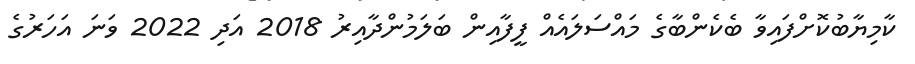
ކާމިޔާބުކޮށްފައިވާ ބެކެންބާގެ މައްސަލައެއް ފީފާއިން ބަލަމުންދާއިރު 2018 އަދި 2022 ވަނަ އަހަރުގެ